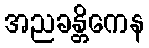
အညခန္တိကေန